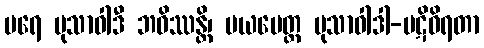
ပရေ မုသာဝါဒီ ဘဝိဿန္တိ၊ မယမေတ္တ မုသာဝါဒါ-ပဋိဝိရတာ